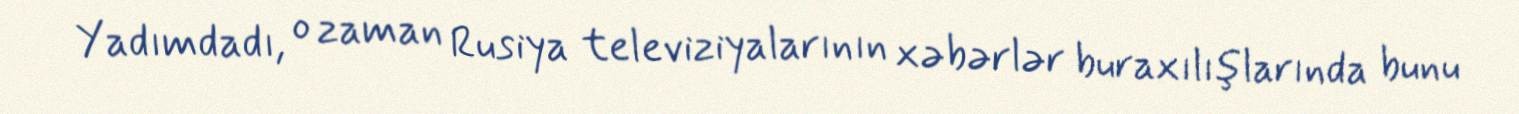
Yadımdadı, o zaman Rusiya televiziyalarının xəbərlər buraxılışlarında bunu